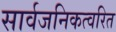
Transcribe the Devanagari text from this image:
सार्वजनिकत्वरित